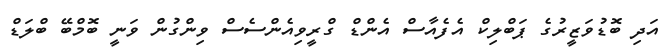
އަދި ބޮޑުވަޒީރުގެ ޕަބްލިކް އެފެއާސް އެންޑް ގްރީވިއެންސެސް ވިންގުން ވަނީ ބޮމްބޭ ބްލަޑް